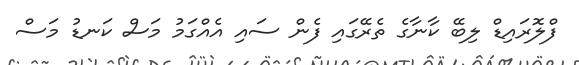
ފްލޮރައިޑް ލިބޭ ކާނާގެ ތެރޭގައި ފެން ސައި އެއްގަމު މަސް ކަނޑު މަސް